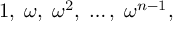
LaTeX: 1 , \; \omega , \; \omega ^ { 2 } , \; \ldots , \; \omega ^ { n - 1 } ,